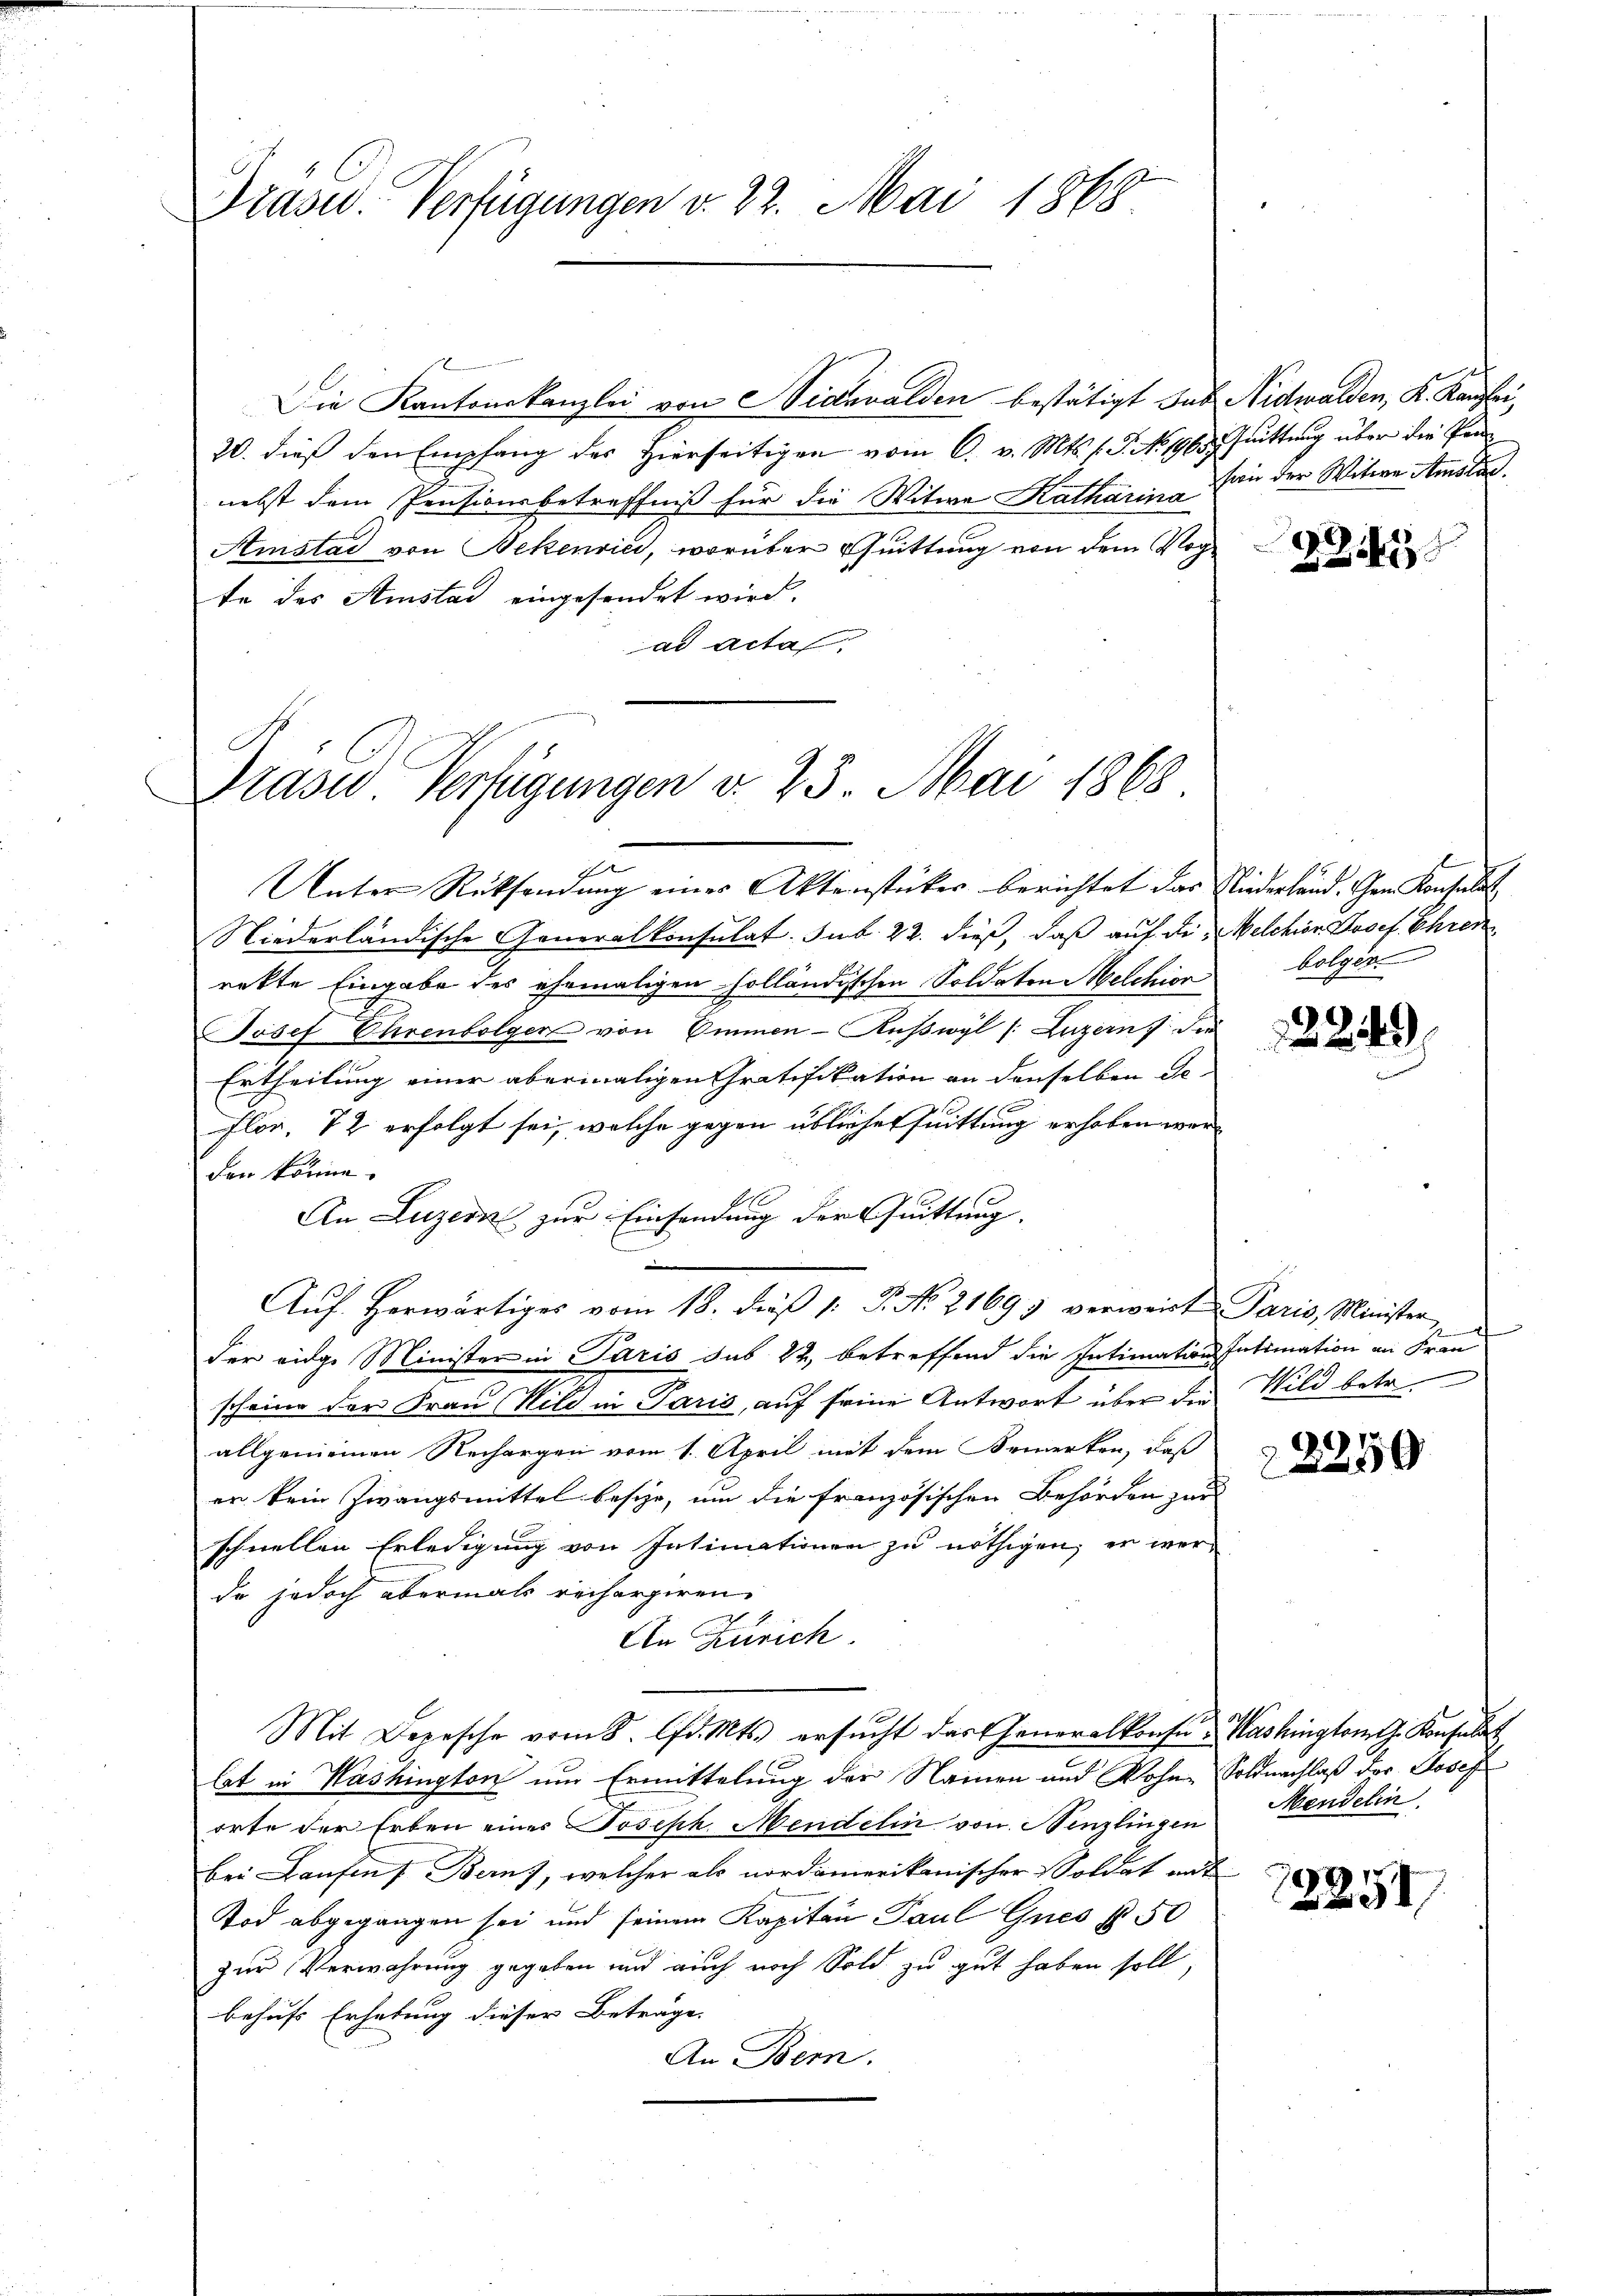
Dräser. Verfügungen v. 22. Mai 1868

Die Kantonskanzlei von Nidwalden bestätigt sub. Nidwalden, K. Kanzlei,
20. dieß den Empfang des hierseitigen vom 6. v. Mts. f. P. No. 196. Quittung über die Pannebst dem Pensionsbetreffniß für die Witwe Katharin in der Witwe Amstad
Amstad von Bekenrici, worüber Quittung von dem Vog
te des Amstad eingesendet wird.
ad acta

Prasus Verfügungen v. 23. Mai 1868

f
Niederländische Generalkonsulat. sub. 22. dieß, daß auf die Melchior Josef Ehren
rekte Eingabe des ehemaligen holländischen Soldaten Melchior
Josef Ehrenbolger von Emmen - Ruswyl /: Luzern, die
Ertheilung einer abermaligen Gratifikation an denselben de-
e
Flor. 72 erfolgt sei, welche gegen üblicher Quittung erhoben werden könne.
An Luzer zur Einsendung der Quittung.
Aŭf herwärtiges vom 18. dieβ 1: P. No. 21693 verweit Paris, Minister
der eidge Minister in Paris sub 22, betreffend die Intimation Intimation an Fran
scheine der Frau Wild in Paris, auf seine Antwort über die Wild betr
allgemeinen Rechargen vom 1. April mit dem Bemerken, daß
er kein Zwangsmittel besche, um die französischen Behörden zur
schnellen Erledigung von Intimationen zu nöthigen, er war
de jedoch abermals rechargiren.
An Zürich.
Mit Depesche vom 8. d. Mts. ersŭcht das Generalkonsu- Washington z. Konsulat
lat in Washington um Ermittelung der Namen und Wohne Soldnachlaß der Josef
orte der Erben einer Joseph Mendelin von Henzlingen
bei Laufen Bern), welcher als nordamerikanischer Soldat mit
Tod abgegangen sei und seinem Kapitau Paul Gues § 50
zur Verwahrung gegeben und auch noch Sold zu gut haben soll
behufs Erhebung dieser Beträge. |
An Bern.

Unter Rücksendung einer Aktenstücker berichtet das Niederland. Gen. Konsulat

4

bolger

2249

.

2250

Mendelin

12251